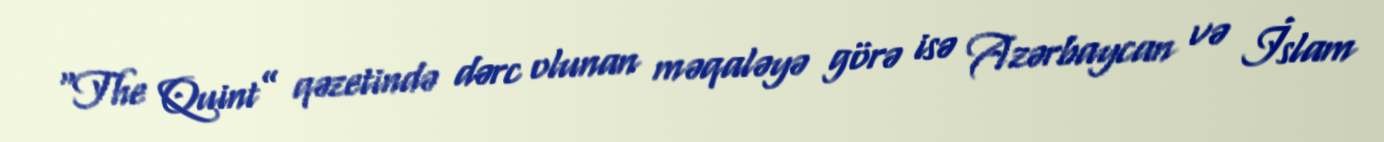
“The Quint” qəzetində dərc olunan məqaləyə görə isə Azərbaycan və İslam